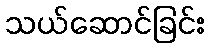
သယ်ဆောင်ခြင်း